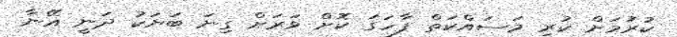
ކުރުމަށް ކުރި މަސައްކަތް ފާހަގަ ކޮށް ވަރަށް ގިނަ ބަޔަކު ދަނީ އޭނާ